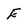
Character: E